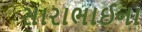
સારાભાઈના